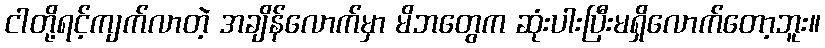
ငါတို့ရင့်ကျက်လာတဲ့ အချိန်လောက်မှာ မိဘတွေက ဆုံးပါးပြီးမရှိလောက်တော့ဘူး။